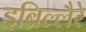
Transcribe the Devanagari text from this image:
इब्रिल्लैरे